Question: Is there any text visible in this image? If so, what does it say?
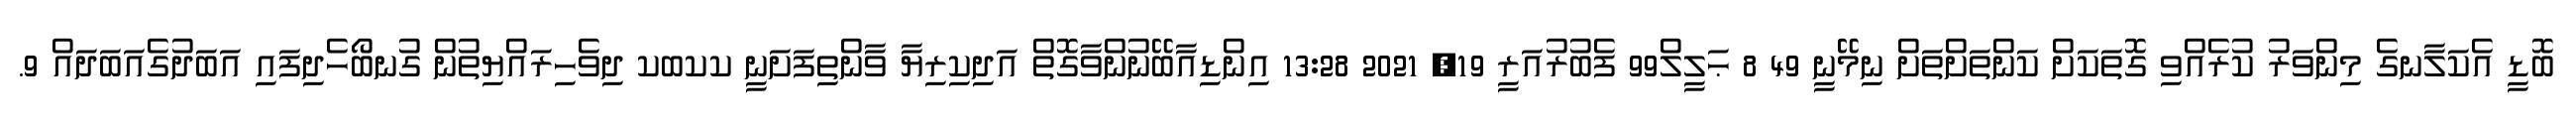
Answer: ބޮޑީ އެކަލާނގެ މިންވަރު ކުރެއްވި ގޮތަކަށް ކަންތަށްތަށް ނިމޭނީ 49 8 ޙަލީލް99 ފެބުރުއަރީ 19, 2021 13:28 އިންޑިއާބޭނުންވާގޮތް އަދިކިރިޔާ ވާންތިފަށަނީ ކކބކ ދިވެހިރައްޔިތުން ގުނބޯހެދިފައި އަބަދުގެއަބަދައް 9.